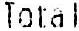
TOTAL